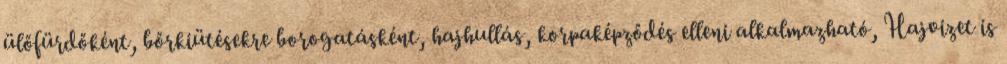
ülőfürdőként, bőrkiütésekre borogatásként, hajhullás, korpaképződés elleni alkalmazható, Hajvizet is